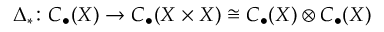
\Delta _ { * } \colon C _ { \bullet } ( X ) \to C _ { \bullet } ( X \times X ) \cong C _ { \bullet } ( X ) \otimes C _ { \bullet } ( X )